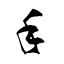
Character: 手